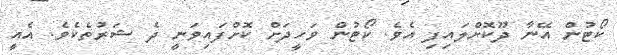
ކޯޓުން އޭނާ ދޫކޮށްލައިފި އެވެ. ކޯޓުން ވަހީދަށް ކޮށްފައިވަނީ ދެ ޝަރުތެކެވެ. އެއީ